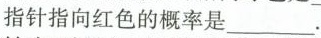
指针指向红色的概率是___.